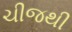
ચીજથી